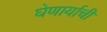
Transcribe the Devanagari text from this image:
घेणार्याची